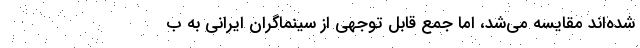
شده‌اند مقایسه می‌شد، اما جمع قابل توجهی از سینماگران ایرانی به ب